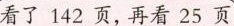
看了142页，再看25页